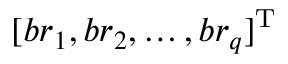
[ b r _ { 1 } , b r _ { 2 } , \ldots , b r _ { q } ] ^ { \mathrm { T } }